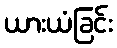
ယားယံခြင်း